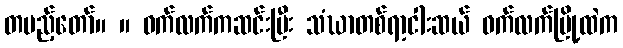
တပည့်တော်။ ။ ဝက်လက်ကဆင်းပြီး သံဃာတစ်ရာ့ငါးဆယ် ဝက်လက်မြို့ထဲက